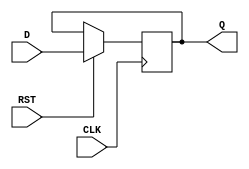
`timescale 1ns / 1ps
module Register_File(D, Q, CLK, RST); //im using RST as LOAD for now
parameter Data_width = 32; //DATA SIZE
input CLK, RST;
input [Data_width-1:0] D;
output reg [Data_width-1:0] Q;
always @(posedge CLK)
begin
    if (RST)
    Q = D;
    else 
    Q = Q;
end
endmodule